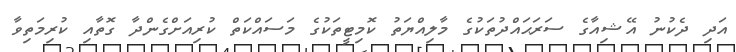
އަދި ދެކުނު އޭޝިއާގެ ސަރަޙައްދުތަކުގެ މާލިއްޔަތު ކޮމިޓީތަކުގެ މަސައްކަތް ކުރިއަށްގެންދާ ގޮތާއި ކުރިމަތިވާ